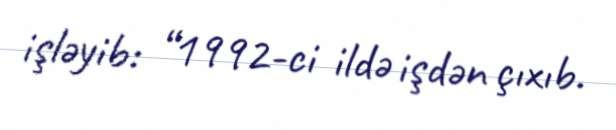
işləyib: “1992-ci ildə işdən çıxıb.